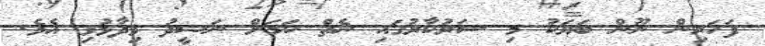
ފަހަރިން ނޫން ބަޔަކު މި ސަރުކާރުގައި ނެތް ކަމަށް ނަޝީދު ވިދާޅުވި އެވެ.